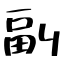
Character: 副